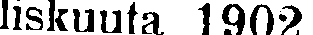
liskuuta 1902